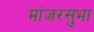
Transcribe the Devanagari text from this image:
मांजरसुभा